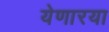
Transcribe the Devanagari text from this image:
येणारया